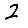
Digit: 2